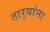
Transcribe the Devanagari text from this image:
तार्‍यांना